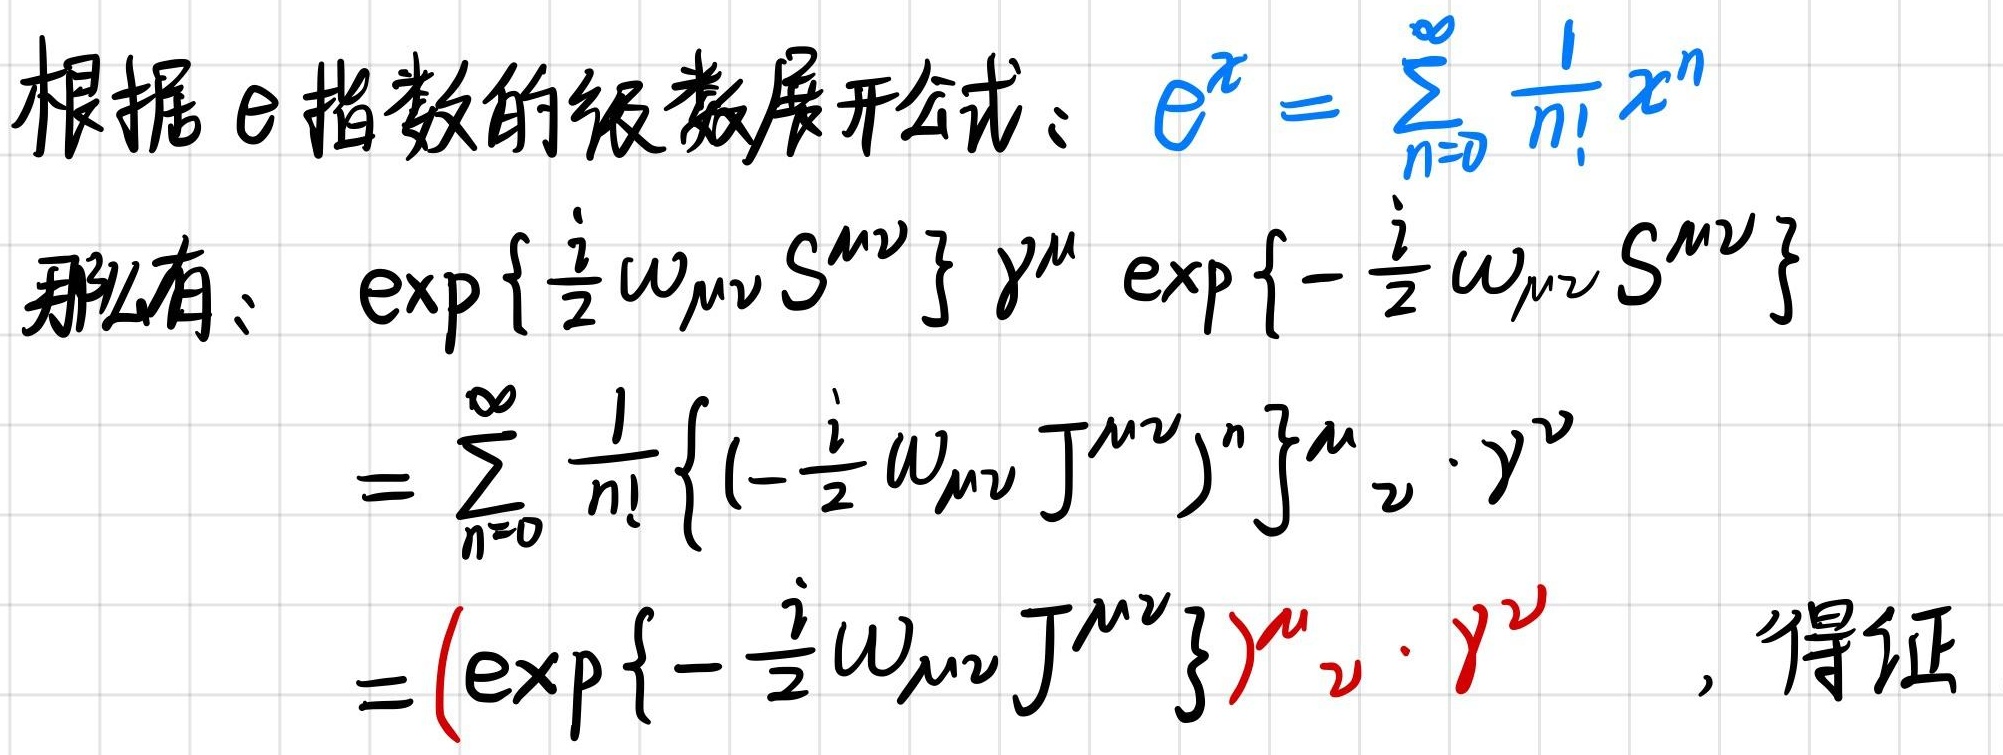
根据 $e$ 指数的级数展开公式：$e^{x}=\sum_{n = 0}^{\infty}\frac{1}{n!}x^{n}$

那么有：
\[
\begin{align*}
&\exp\left\{\frac{i}{2}\omega_{\mu\nu}S^{\mu\nu}\right\}\gamma^{\mu}\exp\left\{-\frac{i}{2}\omega_{\mu\nu}S^{\mu\nu}\right\}\\
=&\sum_{n = 0}^{\infty}\frac{1}{n!}\left\{(-\frac{i}{2}\omega_{\mu\nu}J^{\mu\nu})^{n}\right\}\gamma^{\mu}\cdot\gamma^{\nu}\\
=&(\exp\left\{-\frac{i}{2}\omega_{\mu\nu}J^{\mu\nu}\right\})\gamma^{\mu}\cdot\gamma^{\nu}\quad,\text{得证}
\end{align*}
\]